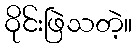
ဝိုင်းဖြဲသတဲ့။